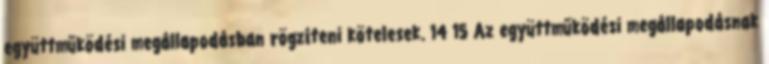
együttműködési megállapodásban rögzíteni kötelesek. 14 15 Az együttműködési megállapodásnak